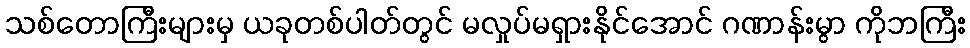
သစ်တောကြီးများမှ ယခုတစ်ပါတ်တွင် မလှုပ်မရှားနိုင်အောင် ဂဏာန်းမွာ ကိုဘကြီး